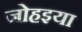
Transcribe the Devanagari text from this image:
जोहइया